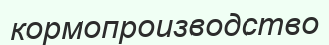
кормопроизводство